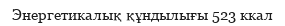
Энергетикалық құндылығы 523 ккал